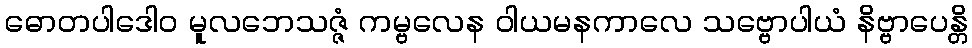
ဓောတပါဒေါဝ မူလဘေသဇ္ဇံ ကမ္ဗလေန ဝါယမနကာလေ သဗ္ဗောပါယံ နိဗ္ဗာပေန္တိ